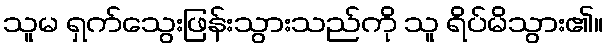
သူမ ရှက်သွေးဖြန်းသွားသည်ကို သူ ရိပ်မိသွား၏။